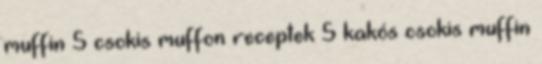
muffin 5 csokis muffon receptek 5 kakós csokis muffin